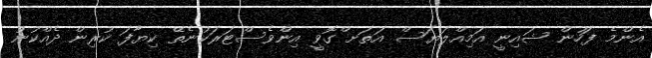
އެންމެ ފަހުން ޝައިނީ އަމިއްލަޔަސް އަތަށ ްގޮވީ އިންވެސްޓަރަކުނެތޭ ކިޔާފަ ކުރިން ދެއްކުނު